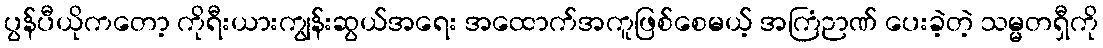
ပွန်ပီယိုကတော့ ကိုရီးယားကျွန်းဆွယ်အရေး အထောက်အကူဖြစ်စေမယ့် အကြံဉာဏ် ပေးခဲ့တဲ့ သမ္မတရှီကို